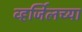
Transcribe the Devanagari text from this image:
व्हर्जिलच्या